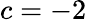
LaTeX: c=-2